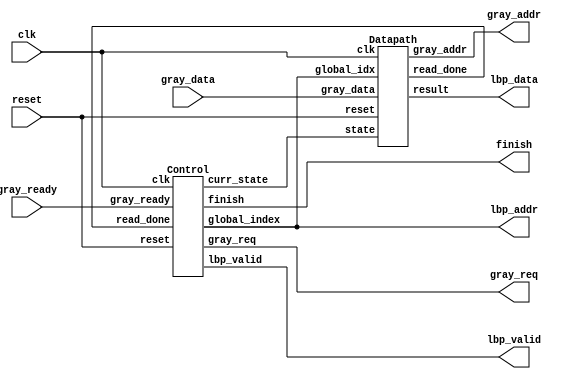

`timescale 1ns/10ps
module LBP ( clk, reset, gray_addr, gray_req, gray_ready, gray_data, lbp_addr, lbp_valid, lbp_data, finish);
input   	clk;
input   	reset;
output  [13:0] 	gray_addr;
output         	gray_req;
input   	gray_ready;
input   [7:0] 	gray_data;
output  [13:0] 	lbp_addr;
output  	lbp_valid;
output  [7:0] 	lbp_data;
output  	finish;
//====================================================================

wire [1:0] state;
wire [13:0] index;
wire read_done;

assign lbp_addr = index;

Control CTRL(
    .clk(clk),
    .reset(reset),
    .curr_state(state),
    .global_index(index),
    .gray_req(gray_req),
    .gray_ready(gray_ready),
    .lbp_valid(lbp_valid),
    .finish(finish),
    .read_done(read_done)
);
Datapath DPATH(
    .clk(clk),
    .reset(reset),
    .state(state),
    .result(lbp_data),
    .global_idx(index),
    .gray_addr(gray_addr),
    .gray_data(gray_data),
    .read_done(read_done)
);
//module Datapath(clk, reset, state, result, global_idx, gray_addr, gray_data);

//====================================================================
endmodule

// **************************** CONTROL MODULE *********************
module Control(clk, reset, curr_state, global_index, gray_req, gray_ready, lbp_valid, finish, read_done);

input clk, reset, gray_ready;
input read_done;

output reg [1:0] curr_state;
output reg gray_req, lbp_valid;
output finish;

output reg [13:0] global_index; // reading index
reg [6:0] row_count;// 126 value per row, 0-125
reg [13:0] wrt_count;
reg [1:0] next_state;


assign finish = (wrt_count == 14'd15876) ? 1 : 0; // total write 15876 result

parameter ST_INIT = 2'b00,
          ST_RDOP = 2'b01,
          ST_WRT  = 2'b10,
          ST_DONE = 2'b11;

always @(*) begin
    case (curr_state)
        ST_INIT: 
            next_state = (gray_ready) ? ST_RDOP : ST_INIT;
        ST_RDOP:
            next_state = (read_done) ? ST_WRT : ST_RDOP;
        ST_WRT:
            next_state = (finish) ? ST_DONE : ST_RDOP;
        ST_DONE:
            next_state = ST_DONE;
    endcase
end

always @(posedge clk or posedge reset) begin
    if (reset)
        curr_state <= ST_INIT;
    else
        curr_state <= next_state;
end

always @(*) begin
    case (curr_state) 
        ST_INIT: begin
            {gray_req, lbp_valid} = 2'b00;
        end
        ST_RDOP: begin
            {gray_req, lbp_valid} = 2'b10;
        end
        ST_WRT: begin
            {gray_req, lbp_valid} = 2'b11;
        end
        ST_DONE: begin
            {gray_req, lbp_valid} = 2'b10;
        end
        default: begin
            {gray_req, lbp_valid} = 2'b10;
        end
    endcase
end

// counter setting
always @(posedge clk or posedge reset) begin
    if (reset) begin
        global_index <= 14'd129;
        row_count <= 7'd0;
        wrt_count <= 14'd0;
    end
    else begin
        if (curr_state == ST_WRT) begin
            global_index <= (row_count == 14'd125) ? global_index + 14'd3 : global_index + 14'd1;
            row_count <= (row_count == 7'd125) ? 7'd0: row_count + 7'd1;
            wrt_count <= wrt_count + 14'd1;
        end
    end
end

endmodule
// **************************** CONTROL END *********************


// **************************** DATAPATH *********************
module Datapath(clk, reset, state, result, global_idx, gray_addr, gray_data, read_done);
input clk, reset;
input [1:0] state;
input [13:0] global_idx;
output [13:0] gray_addr;
input [7:0] gray_data;
output reg [7:0] result;
output read_done;

reg [3:0] counter; // 0-8, only use in reading state
reg [7:0] mid_data;

wire [13:0] gv [0:8];   // read address each round
assign gv[0] = global_idx;
assign gv[1] = global_idx - 14'd129;
assign gv[2] = global_idx - 14'd128;
assign gv[3] = global_idx - 14'd127;
assign gv[4] = global_idx - 14'd1;
assign gv[5] = global_idx + 14'd1;
assign gv[6] = global_idx + 14'd127;
assign gv[7] = global_idx + 14'd128;
assign gv[8] = global_idx + 14'd129;
assign gray_addr = gv[counter];
/*
always @(posedge clk, posedge reset) begin 
    if(reset)
        gray_addr <= ;
    else
        gray_addr <= gv[counter];
end
*/
assign read_done = (counter == 4'd8) ? 1'b1 : 1'b0;

// counter set
always @(posedge clk or posedge reset) begin
    if (reset) begin
        counter <= 4'd0; 
    end
    else begin
        if (state == 2'b01) // read state
            counter <= (counter == 4'd8) ? 4'd0 : counter + 4'd1;
    end
end

// result
always @(posedge clk or posedge reset) begin
    if (reset)
        result <= 8'b0;
    else begin
        if (counter == 0)
            mid_data <= gray_data;
        else
            result[counter - 1] <= (gray_data >= mid_data) ? 1'b1 : 1'b0;
    end
end

endmodule
// **************************** DATAPATH END *********************